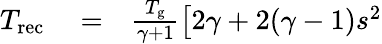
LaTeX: \begin{array}{rlr}{T_{\mathrm{rec}}}&{{}=}&{\frac{T_{\mathrm{g}}}{\gamma+1}\left[2\gamma+2(\gamma-1)s^{2}\right.}\end{array}